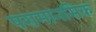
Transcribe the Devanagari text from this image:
परामानसिक